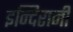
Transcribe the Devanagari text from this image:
इन्दिरानी